Vaccination in the Punjab 1919-1929 - 1919-1929
Year: 1919
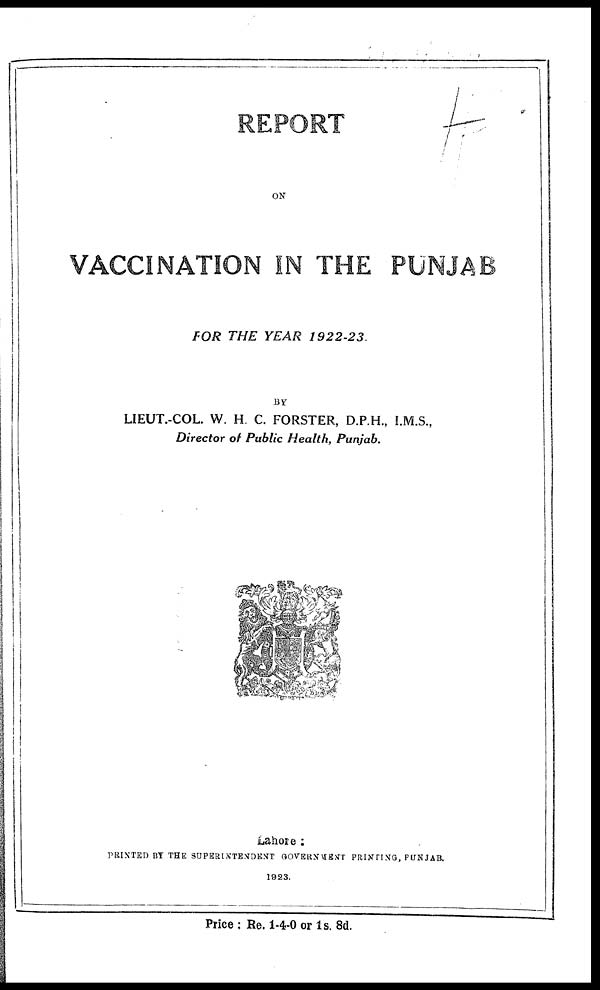
REPORT
ON
VACCINATION IN THE PUNJAB
FOR THE YEAR
1922-23.
BY
LIEUT.-COL. W. H. C. FORSTER, D.P.H., I.M.S.,
Director of Public Health, Punjab.
Lahore :
PRINTED BY THE SUPERINTENDENT GOVERNMENT PRINTING, PUNJAB.
1923.
Price : Re. 1-4-0 or 1s. 8d.